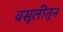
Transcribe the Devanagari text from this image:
वसूलीतून